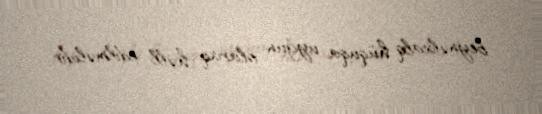
beynəlxalq hüquqa uyğun olaraq həll edilməlidir.